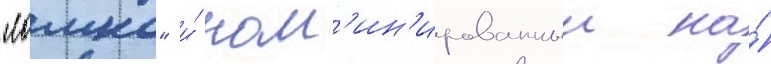
"ломка" и́ ном'ин'ированныи на́